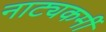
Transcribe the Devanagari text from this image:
नाट्यकर्मीं